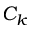
C _ { k }